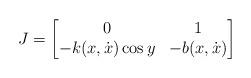
LaTeX: \begin{align*}J = \begin{bmatrix}0& 1 \\ -k(x,\dot x) \cos y & -b(x,\dot x) \end{bmatrix}\end{align*}